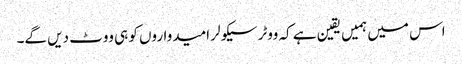
اس میں ہمیں یقین ہے کہ ووٹر سیکولر امیدواروں کو ہی ووٹ دیں گے۔